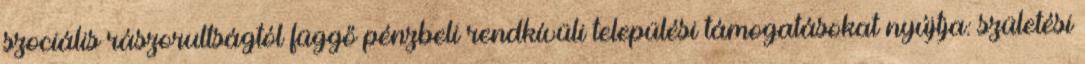
szociális rászorultságtól függő pénzbeli rendkívüli települési támogatásokat nyújtja: születési